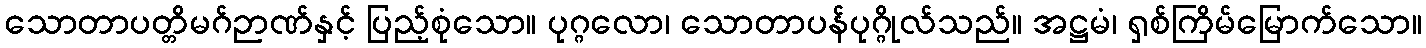
သောတာပတ္တိမဂ်ဉာဏ်နှင့် ပြည့်စုံသော။ ပုဂ္ဂလော၊ သောတာပန်ပုဂ္ဂိုလ်သည်။ အဋ္ဌမံ၊ ရှစ်ကြိမ်မြောက်သော။